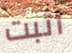
أثبت